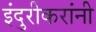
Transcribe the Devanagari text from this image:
इंदुरीकरांनी